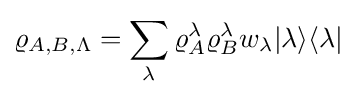
\varrho _{A,B,\Lambda }=\sum _{\lambda }\varrho _{A}^{\lambda }\varrho _{B}^{\lambda }w_{\lambda }|\lambda \rangle \langle \lambda |